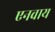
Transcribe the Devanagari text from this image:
एनवाय